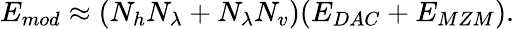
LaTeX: E_{mod}\approx(N_{h}N_{\lambda}+N_{\lambda}N_{v})(E_{DAC}+E_{MZM}).